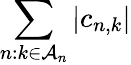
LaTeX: \sum_{n:k\in\mathcal{A}_{n}}|c_{n,k}|